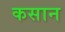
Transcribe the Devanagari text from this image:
कसान